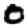
Digit: 0